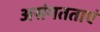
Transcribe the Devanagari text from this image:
असंगतताएं